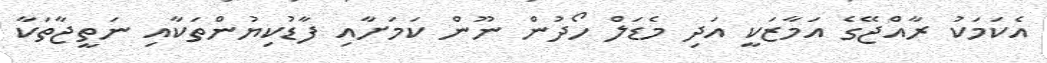
އެކަމަކު ރާއްޖޭގެ އަމާޒަކީ އަދި މެޑަލް ހޯދުން ނޫން ކަމަށާއި ފާޑުކިޔުންތަކާއި ނަތީޖާތަކާ